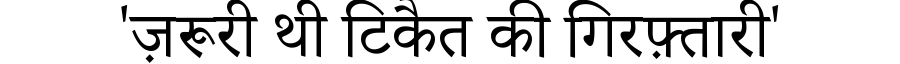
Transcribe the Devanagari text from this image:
'ज़रूरी थी टिकैत की गिरफ़्तारी'